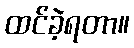
ထင်ခဲ့ရတာ။